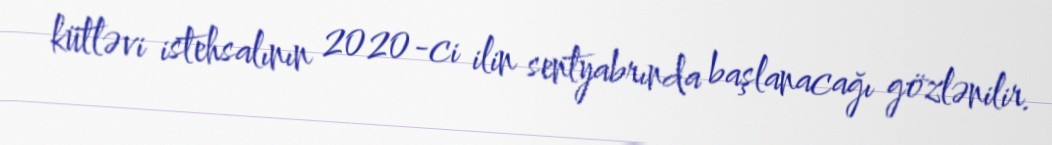
kütləvi istehsalının 2020-ci ilin sentyabrında başlanacağı gözlənilir.